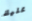
عليك